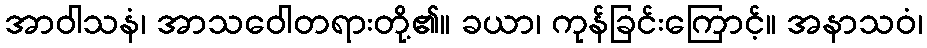
အာဝါသနံ၊ အာသဝေါတရားတို့၏။ ခယာ၊ ကုန်ခြင်းကြောင့်။ အနာသဝံ၊